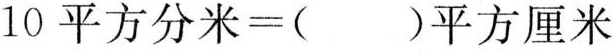
10平方分米=( )平方厘米